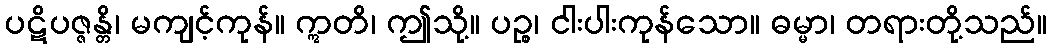
ပဋိပဇ္ဇန္တိ၊ မကျင့်ကုန်။ ဣတိ၊ ဤသို့။ ပဉ္စ၊ ငါးပါးကုန်သော။ ဓမ္မာ၊ တရားတို့သည်။